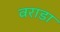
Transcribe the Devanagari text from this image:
वराडा